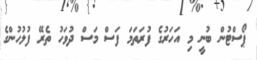
ޕޯސްޓުން ބުނީ މި އަހަރުގެ ފުރަތަމަ ފަސް މަސް ދުވަހު ތެރޭ ފުލުހުންގެ